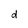
Character: d